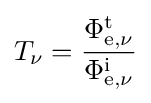
T_{\nu }={\frac {\Phi _{\mathrm {e} ,\nu }^{\mathrm {t} }}{\Phi _{\mathrm {e} ,\nu }^{\mathrm {i} }}}